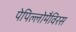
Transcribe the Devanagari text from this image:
पेपिल्लोमैविरस